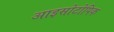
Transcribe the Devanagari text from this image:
आइसोटोपिक